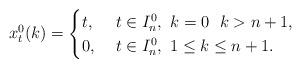
LaTeX: \begin{align*}x_{t}^0(k)=\begin{cases}t, & \ t\in I_n^0, \ k=0 \ \ k>n+1,\\0, & \ t\in I_n^0, \ 1\le k\le n+1.\end{cases}\end{align*}